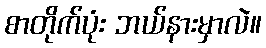
စာတိုက်ပုံး ဘယ်နားမှာလဲ။